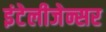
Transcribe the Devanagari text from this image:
इंटेलीजेन्सर